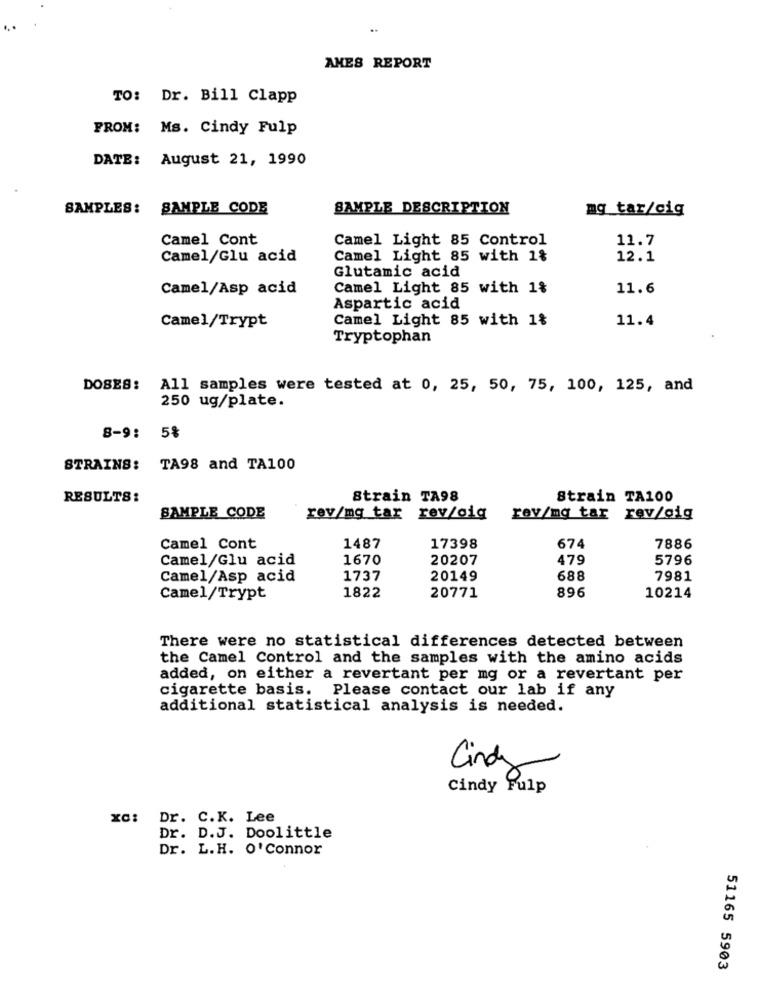
...
..
AMES REPORT
TO: Dr. Bill Clapp
FROM: Ms. Cindy Fulp
DATE: August 21, 1990
SAMPLES:
SAMPLE CODE
SAMPLE DESCRIPTION
mg_tar/cig
Camel Cont
Camel Light 85 Control
11.7
Camel/Glu acid
Camel Light 85 with 1%
12.1
Glutamic acid
Camel/Asp acid
Camel Light 85 with 1%
11.6
Aspartic acid
Camel Light 85 with 1%
11.4
Camel/Trypt
Tryptophan
DOSES:
All samples were tested at 0, 25, 50, 75, 100, 125, and
250 ug/plate.
8-9: 5%
STRAINS: TA98 and TA100
RESULTS:
Strain TA98
Strain TA100
SAMPLE CODE
rev/mg tar rev/gig
rev/mg tar rev/gig
Camel Cont
1487
17398
674
7886
Camel/Glu acid
1670
20207
479
5796
Camel/Asp acid
1737
20149
688
7981
1822
896
Camel/Trypt
20771
10214
There were no statistical differences detected between
the Camel Control and the samples with the amino acids
added, on either a revertant per mg or a revertant per
cigarette basis. Please contact our lab if any
additional statistical analysis is needed.
Cindy
Cindy Fulp
Dr. C.K. Lee
Dr. D.J. Doolittle
Dr. L.H. O'Connor
51165 5903